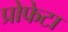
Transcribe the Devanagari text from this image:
प्रोफेटा